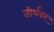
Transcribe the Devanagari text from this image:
तीर्थवर